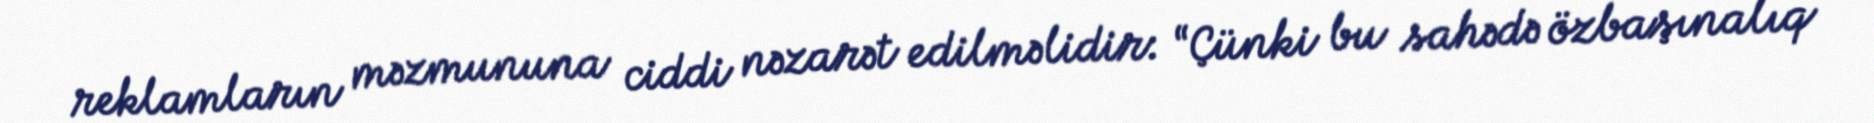
reklamların məzmununa ciddi nəzarət edilməlidir: “Çünki bu sahədə özbaşınalıq